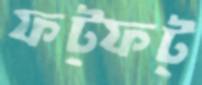
ফট্‌ফট্‌